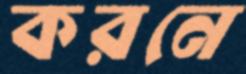
করনে